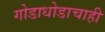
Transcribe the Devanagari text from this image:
गोडाधोडाचाही